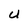
Character: U